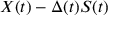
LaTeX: X ( t ) - \Delta ( t ) S ( t )